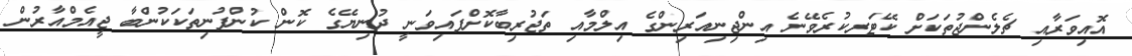
އޮއިވަރާއި ޗެލެންޖުތަކަށް ކޭޓަރކުރެވޭނެ އިންޖިނިއަރިންގެ އިލްމާއި ތަޖުރިބާކޮށްފައިވަނީ ދުނިޔޭގެ ކޮން ކުންފުނިތަކަކުންބާ ޖީއެމްއާރުން